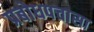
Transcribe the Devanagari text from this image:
प्रबोधपचासा